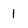
Character: 1